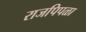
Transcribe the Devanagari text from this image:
राजपिपळा